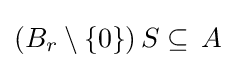
\left(B_{r}\setminus \{0\}\right)S\subseteq \,A